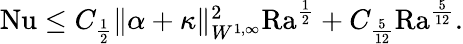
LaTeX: \begin{array}{r}{\mathrm{{Nu}}\leq C_{\frac{1}{2}}\| \alpha+\kappa\| _{W^{1,\infty}}^{2}\mathrm{{Ra}}^{\frac{1}{2}}+C_{\frac{5}{12}}\mathrm{{Ra}}^{\frac{5}{12}}.}\end{array}